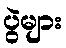
ပွဲများ